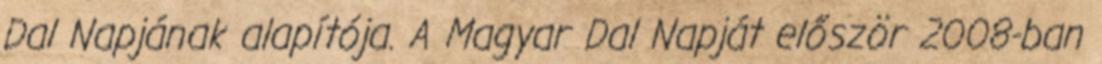
Dal Napjának alapítója. A Magyar Dal Napját először 2008-ban